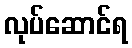
လုပ်ဆောင်ရ